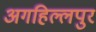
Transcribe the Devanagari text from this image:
अगहिल्लपुर